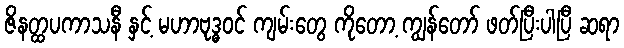
ဇိနတ္ထပကာသနီ နှင့် မဟာဗုဒ္ဓဝင် ကျမ်းတွေ ကိုတော့ ကျွန်တော် ဖတ်ပြီးပါပြီ ဆရာ